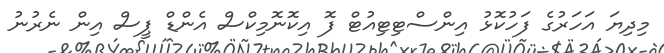
މިދިޔަ އަހަރުގެ ފަހުކޮޅު އިންސްޓިޓިއުޓް ފޮ އިކޮނޮމިކްސް އެންޑް ޕީސް އިން ނެރުނު